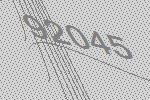
92045